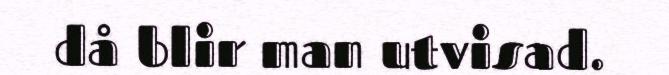
då blir man utvisad.